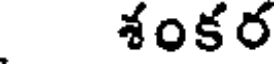
శంకర